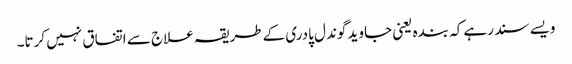
ویسے سند رہے کہ بندہ یعنی جاوید گوندل پادری کے طریقہ علاج سے اتفاق نہیں کرتا۔